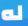
له